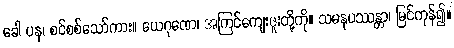
ခေါ ပန၊ စင်စစ်သော်ကား။ ယေဂုဏေ၊ အကြင်ကျေးဇူးတို့ကို။ သမနုပဿန္တာ၊ မြင်ကုန်၍။